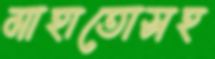
মাহাতোসহ